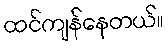
ထင်ကျန်နေတယ်။